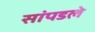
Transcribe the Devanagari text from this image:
सांपडले